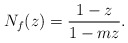
\begin{align*} N_f(z)&= \dfrac{1-z}{1-mz}. \end{align*}